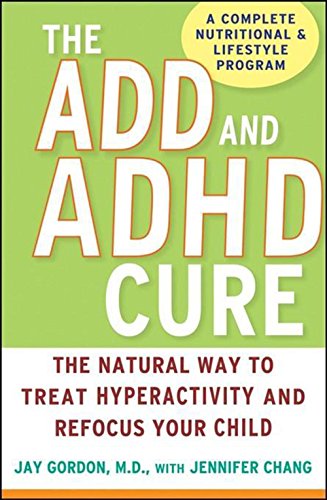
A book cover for The ADD and ADHD Cure: The Natural Way to Treat Hyperactivity and Refocus Your Child; Jay Gordon; Health, Fitness & Dieting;